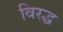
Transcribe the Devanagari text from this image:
विरद्ध